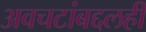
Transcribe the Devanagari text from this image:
अवचटांबद्दलही